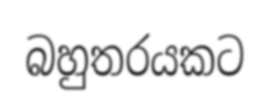
බහුතරයකට